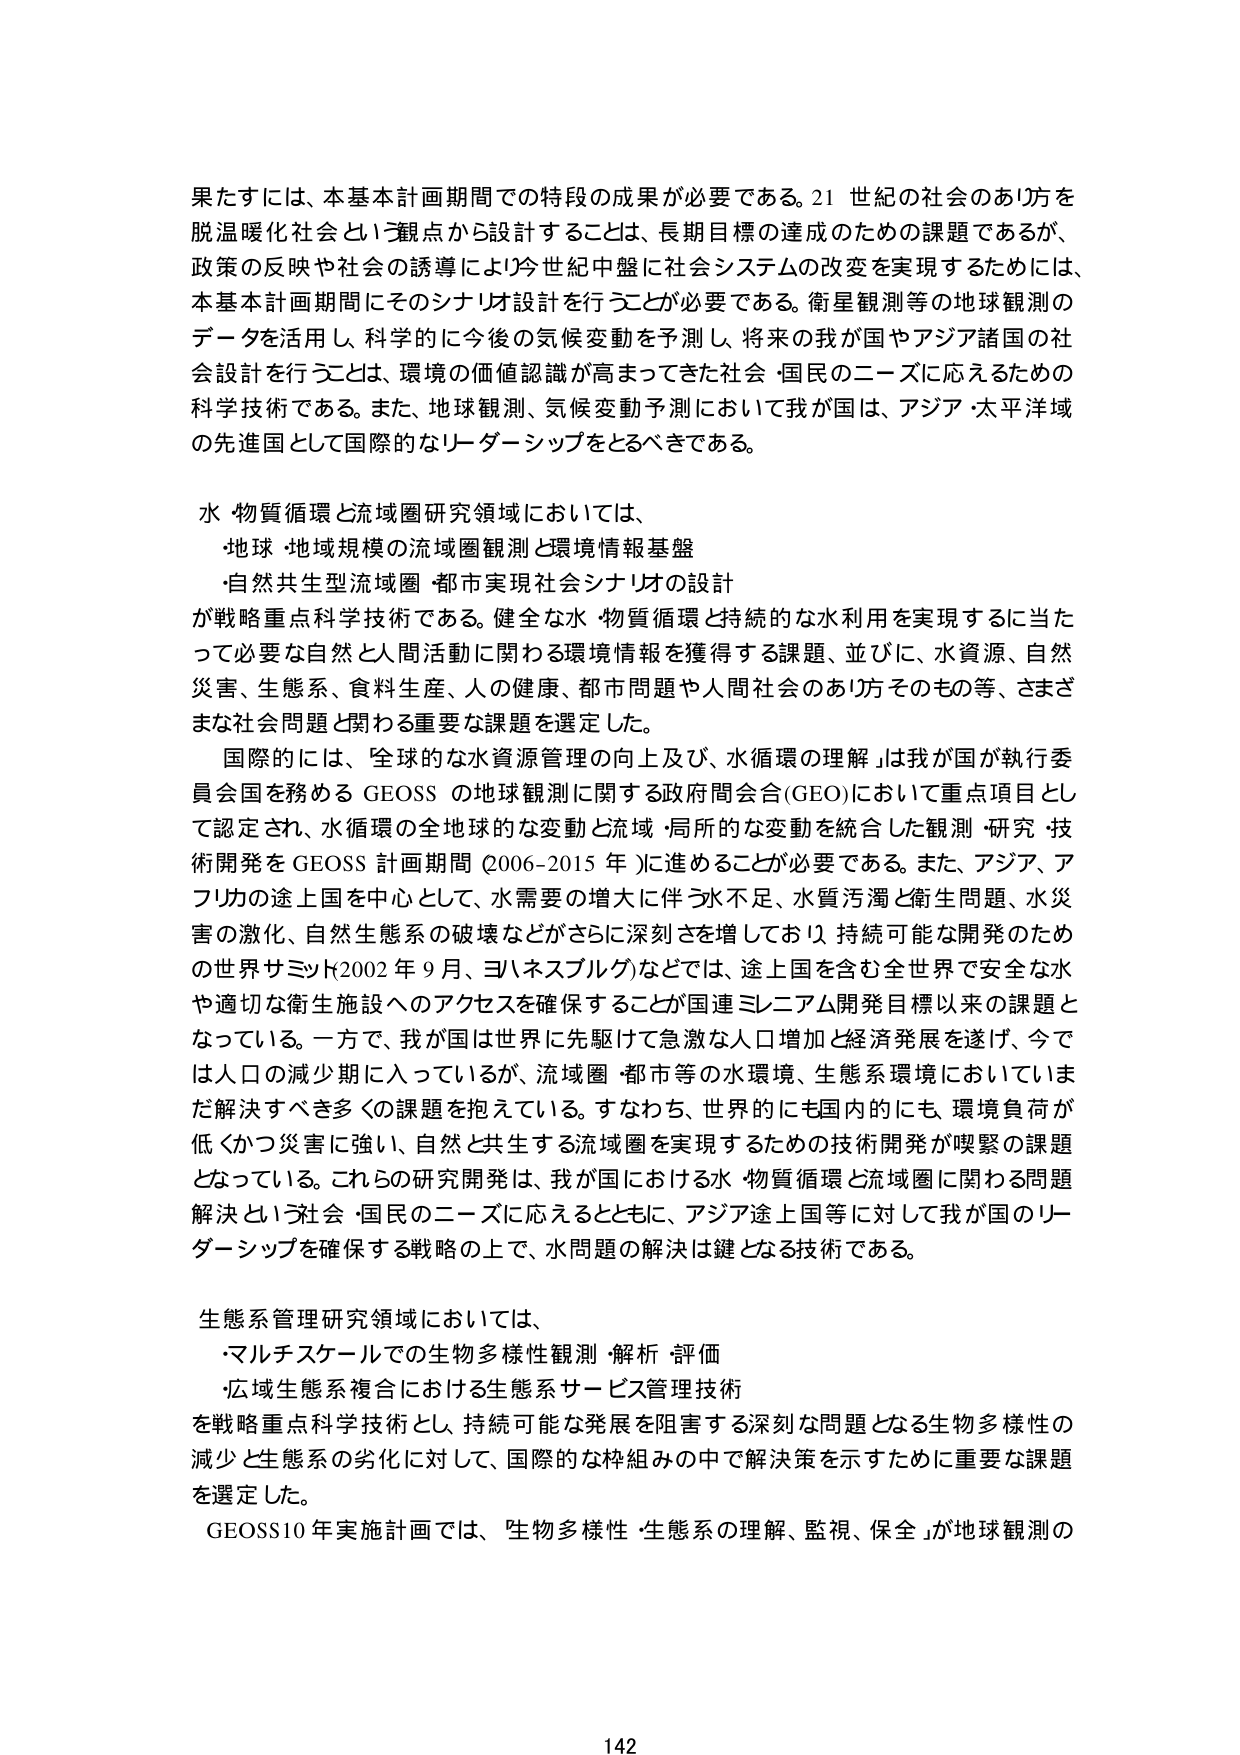
果たすには、本基本計画期間での特段の成果が必要である。21世紀の社会のあり方を脱温暖化社会という観点から設計することは、長期目標の達成のための課題であるが、政策の反映や社会の誘導により今世紀中盤に社会システムの変更を実現するためには、本基本計画期間にそのシナリオ設計を行うことが必要である。衛星観測等の地球観測のデータを活用し、科学的に今後の気候変動を予測し、将来の我が国やアジア諸国の社会設計を行うことは、環境の価値認識が高まってきた社会・国民のニーズに応えるための科学技術である。また、地球観測、気候変動予測において我が国は、アジア・太平洋域の先進国として国際的なリーダーシップをとるべきである。

水・物質循環と流域圏研究領域においては、
・地球・地域規模の流域圏観測と環境情報基盤
・自然共生型流域圏・都市実現社会シナリオの設計
が戦略重点科学技術である。健全な水・物質循環と持続的な水利用を実現するに当たって必要な自然と人間活動に関わる環境情報を獲得する課題、並びに、水資源、自然災害、生態系、食料生産、人の健康、都市問題や人間社会のあり方そのもの等、さまざまな社会問題と関わる重要な課題を選定した。

国際的には、「全球的な水資源管理の向上及び、水循環の理解」は我が国が執行委員会を務める GEOSS の地球観測に関する政府間会合（GEO）において重点項目として認定され、水循環の全地球的な変動と流域・局所的な変動を統合した観測・研究・技術開発を GEOSS 計画期間（2006-2015 年）に進めることが必要である。また、アジア、アフリカの途上国を中心として、水需要の増大に伴う水不足、水質汚濁と衛生問題、水災害の激化、自然生態系の破壊などがさらに深刻さを増しており、持続可能な開発のための世界サミット（2002 年 9 月、ヨハネスブルグ）などでは、途上国を含む全世界で安全な水や適切な衛生施設へのアクセスを確保することが国連ミレニアム開発目標以来の課題となっている。一方で、我が国は世界に先駆けて急激な人口増加と経済発展を遂げ、今では人口の減少期に入っているが、流域圏・都市等の水環境、生態系環境においていまだ解決すべき多くの課題を抱えている。すなわち、世界的にも国内的にも、環境負荷が低くかつ災害に強い、自然と共生する流域圏を実現するための技術開発が喫緊の課題となっている。これらの研究開発は、我が国における水・物質循環と流域圏に関わる問題解決という社会・国民のニーズに応えるとともに、アジア途上国等に対して我が国のリーダーシップを確保する戦略の上で、水問題の解決は鍵となる技術である。

生態系管理研究領域においては、
・マルチスケールでの生物多様性観測・解析・評価
・広域生態系複合における生態系サービス管理技術
を戦略重点科学技術とし、持続可能な発展を阻害する深刻な問題となる生物多様性の減少と生態系の劣化に対して、国際的な枠組みの中で解決策を示すために重要な課題を選定した。

GEOSS10年実施計画では、「生物多様性・生態系の理解、監視、保全」が地球観測の

142